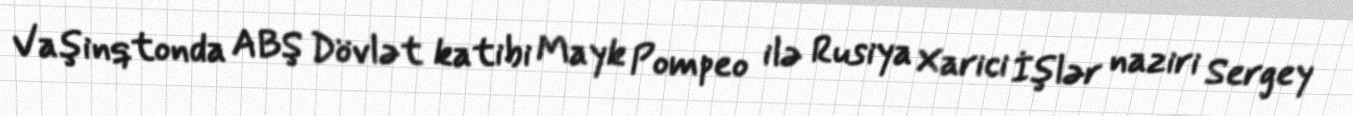
Vaşinqtonda ABŞ Dövlət katibi Mayk Pompeo ilə Rusiya Xarici İşlər naziri Sergey